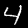
Digit: 4